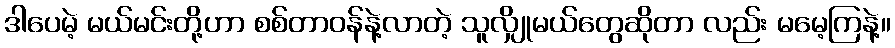
ဒါပေမဲ့ မယ်မင်းတို့ဟာ စစ်တာဝန်နဲ့လာတဲ့ သူလျှိုမယ်တွေဆိုတာ လည်း မမေ့ကြနဲ့။